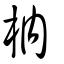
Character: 枘